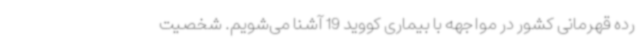
رده‌ قهرمانی کشور در مواجهه با بیماری کووید 19 آشنا می‌شویم. شخصیت